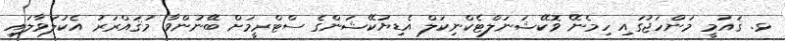
ޅ. ޤައުމީ މަންހަޖުގައި ހިމެނޭ ވޮކޭޝަނަލްޓެކްނިކަލް އެޑިޔުކޭޝަންގެ ސްޓްރީމަށް ބޭނުންވާ މުޤައްރަރު އެކުލަވާލައި